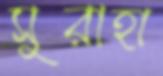
সুরাহা